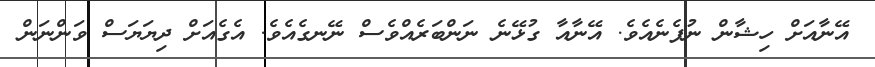
އޭނާއަށް ހިޝާން ނުފެނެއެވެ. އޭނާއާ ގުޅޭނެ ނަންބަރެއްވެސް ނޭނގެއެވެ. އެގެއަށް ދިޔަޔަސް ވަންނަން